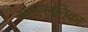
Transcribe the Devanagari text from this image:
लसल्लतिका